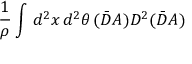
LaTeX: \frac { 1 } { \rho } \int \, d ^ { 2 } x \, d ^ { 2 } \theta \, ( \bar { D } A ) D ^ { 2 } ( \bar { D } A )